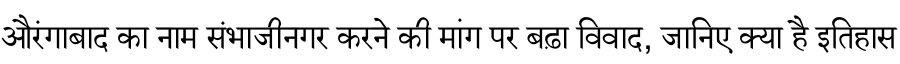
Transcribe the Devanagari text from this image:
औरंगाबाद का नाम संभाजीनगर करने की मांग पर बढ़ा विवाद, जानिए क्या है इतिहास